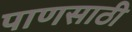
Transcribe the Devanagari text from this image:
पाणसाठी